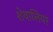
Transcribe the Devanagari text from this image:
शेवालियर